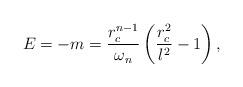
LaTeX: \begin{align*}E=-m =\frac{r_c^{n-1}}{\omega_n}\left(\frac{r_c^2}{l^2}-1\right),\end{align*}